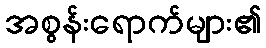
အစွန်းရောက်များ၏